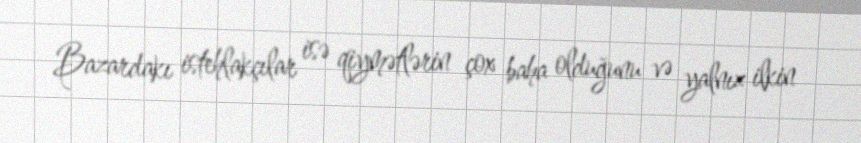
Bazardakı istehlakçılar isə qiymətlərin çox baha olduğunu və yalnız ilkin